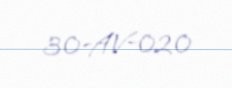
30-AV-020